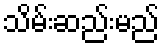
သိမ်းဆည်းမည်